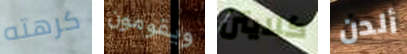
كرهته ويقومون كلايتن ألدن